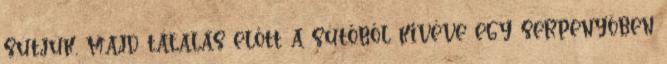
sütjük, majd tálalás előtt a sütőből kivéve egy serpenyőben